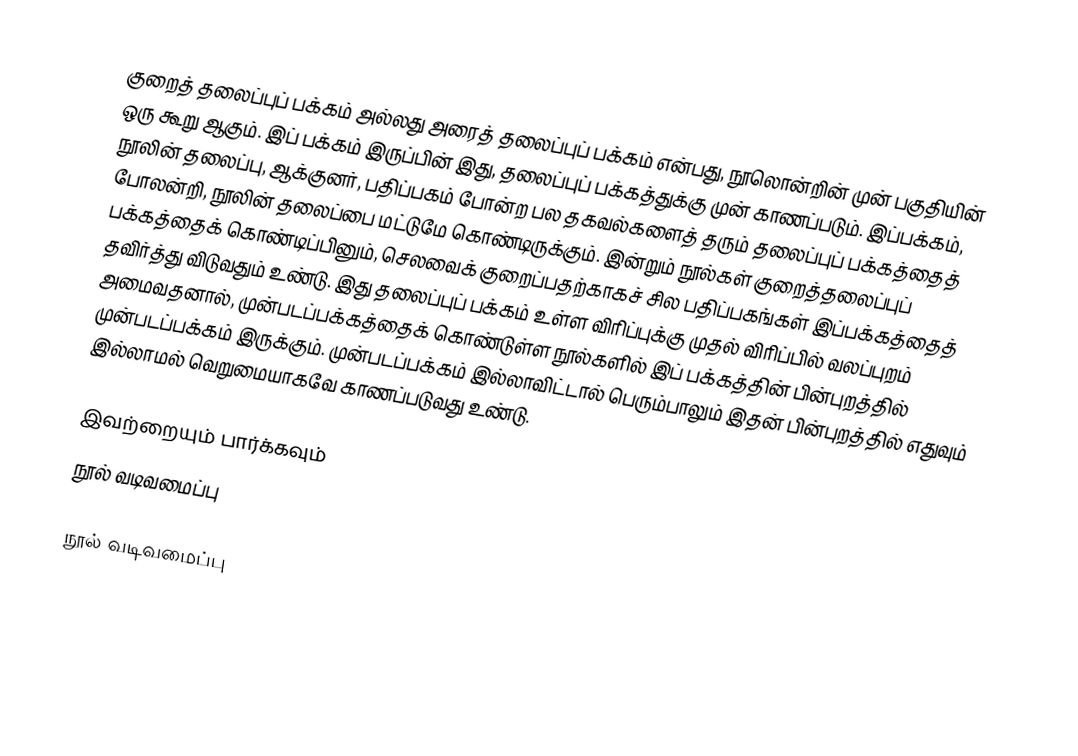
குறைத் தலைப்புப் பக்கம் அல்லது அரைத் தலைப்புப் பக்கம் என்பது, நூலொன்றின் முன் பகுதியின் ஒரு கூறு ஆகும். இப் பக்கம் இருப்பின் இது, தலைப்புப் பக்கத்துக்கு முன் காணப்படும். இப்பக்கம், நூலின் தலைப்பு, ஆக்குனர், பதிப்பகம் போன்ற பல தகவல்களைத் தரும் தலைப்புப் பக்கத்தைத் போலன்றி, நூலின் தலைப்பை மட்டுமே கொண்டிருக்கும். இன்றும் நூல்கள் குறைத்தலைப்புப் பக்கத்தைக் கொண்டிப்பினும், செலவைக் குறைப்பதற்காகச் சில பதிப்பகங்கள் இப்பக்கத்தைத் தவிர்த்து விடுவதும் உண்டு. இது தலைப்புப் பக்கம் உள்ள விரிப்புக்கு முதல் விரிப்பில் வலப்புறம் அமைவதனால், முன்படப்பக்கத்தைக் கொண்டுள்ள நூல்களில் இப் பக்கத்தின் பின்புறத்தில் முன்படப்பக்கம் இருக்கும். முன்படப்பக்கம் இல்லாவிட்டால் பெரும்பாலும் இதன் பின்புறத்தில் எதுவும் இல்லாமல் வெறுமையாகவே காணப்படுவது உண்டு.

இவற்றையும் பார்க்கவும்
 நூல் வடிவமைப்பு

நூல் வடிவமைப்பு